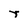
Character: r